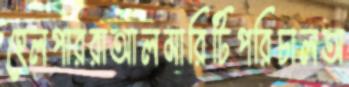
হেলপাররাআলমারিটিপরিচালঅ